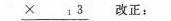
\underline { \times _ { 1 } 3 } 改正：